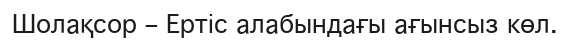
Шолақсор – Ертіс алабындағы ағынсыз көл.